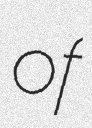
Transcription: of